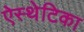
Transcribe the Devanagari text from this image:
ऐस्थेटिका